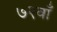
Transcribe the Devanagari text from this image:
७२वाँ